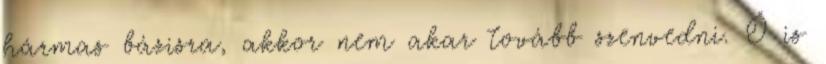
hármas bázisra, akkor nem akar tovább szenvedni. Ő is